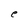
Character: e